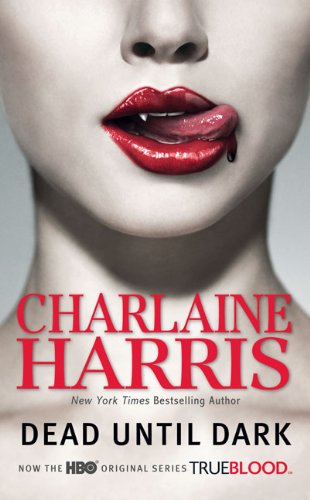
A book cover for Dead Until Dark  (Sookie Stackhouse/True Blood, Book 1); Charlaine Harris; Mystery, Thriller & Suspense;